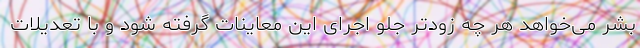
بشر می‌خواهد هر چه زودتر جلو اجرای این معاینات گرفته شود و با تعدیلات